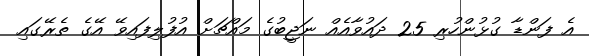
އެ ފަންޑާ ގުޅުންހުރި 25 ދައުވާއެއް ނަޖީބުގެ މައްޗަށް އުފުލިފައިވޭ އޭގެ ތެރޭގައި